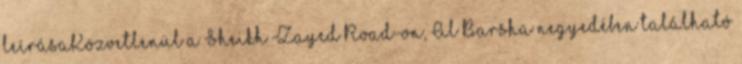
leírásaKözvetlenül a Sheikh Zayed Road-on, Al Barsha negyedében található